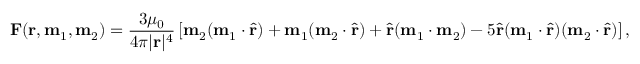
\mathbf { F } ( \mathbf { r } , \mathbf { m } _ { 1 } , \mathbf { m } _ { 2 } ) = { \frac { 3 \mu _ { 0 } } { 4 \pi | \mathbf { r } | ^ { 4 } } } \left[ \mathbf { m } _ { 2 } ( \mathbf { m } _ { 1 } \cdot { \hat { \mathbf { r } } } ) + \mathbf { m } _ { 1 } ( \mathbf { m } _ { 2 } \cdot { \hat { \mathbf { r } } } ) + { \hat { \mathbf { r } } } ( \mathbf { m } _ { 1 } \cdot \mathbf { m } _ { 2 } ) - 5 { \hat { \mathbf { r } } } ( \mathbf { m } _ { 1 } \cdot { \hat { \mathbf { r } } } ) ( \mathbf { m } _ { 2 } \cdot { \hat { \mathbf { r } } } ) \right] ,